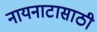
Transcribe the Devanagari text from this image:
नायनाटासाठी